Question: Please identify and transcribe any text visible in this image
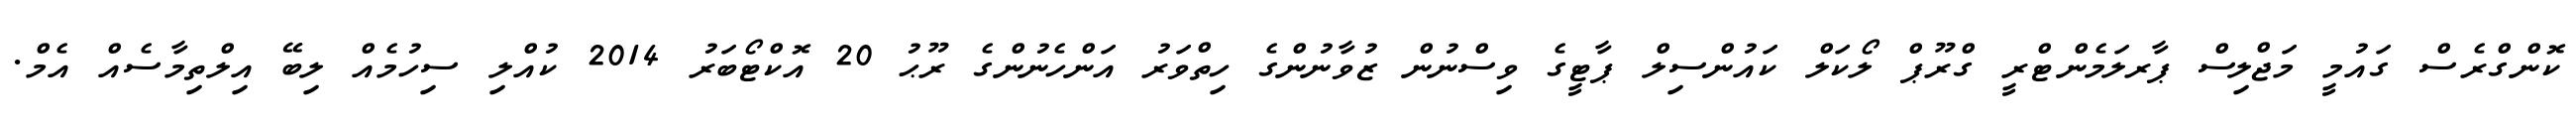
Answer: ކޮންގްރެސް ގައުމީ މަޖްލިސް ޕާރލަމެންޓްރީ ގްރޫޕް ލޯކަލް ކައުންސިލް ޕާޓީގެ ވިސްނުން ޒުވާނުންގެ ހިތްވަރު އަންހެނުންގެ ރޫޙު 20 އޮކްޓޯބަރު 2014 ކުއްލި ސިހުމެއް ލިބޭ އިލްތިމާސެއް އެމް.